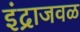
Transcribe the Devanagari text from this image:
इंद्राजवळ